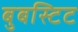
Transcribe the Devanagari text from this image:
बुबस्टिट